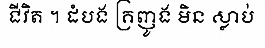
ជីវិត ។ ដំបង គ្រញូង មិន ស្លាប់